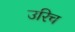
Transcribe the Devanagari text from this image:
उरिच